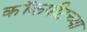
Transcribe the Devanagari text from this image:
कॉकपीटच्या